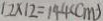
1 2 \times 1 2 = 1 4 4 ( c m )